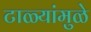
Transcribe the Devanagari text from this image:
टाळ्यांमुळे